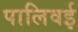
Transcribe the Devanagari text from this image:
पालिवई